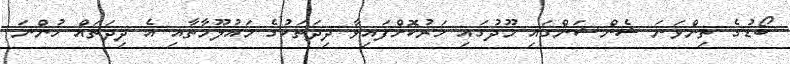
ބޯޑުގެ ތިންވަނަ ޝެންޝަންގައި މޫދުގައި ހަރުކޮށްފައިވާ ދިދަތަކުގެ މައުލޫމާތާއި އެ ދިދަތައް ހުންނަ